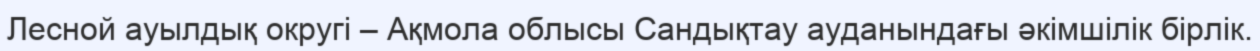
Лесной ауылдық округі – Ақмола облысы Сандықтау ауданындағы әкімшілік бірлік.